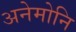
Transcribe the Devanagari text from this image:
अनेमोनि